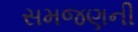
સમજણની